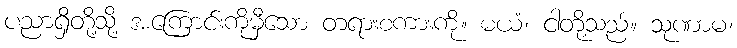
ပညာရှိတို့သို့ အကြောင်းကိုမှီသော တရားစကားကို။ မယံ၊ ငါတို့သည်။ သုဏာမ၊